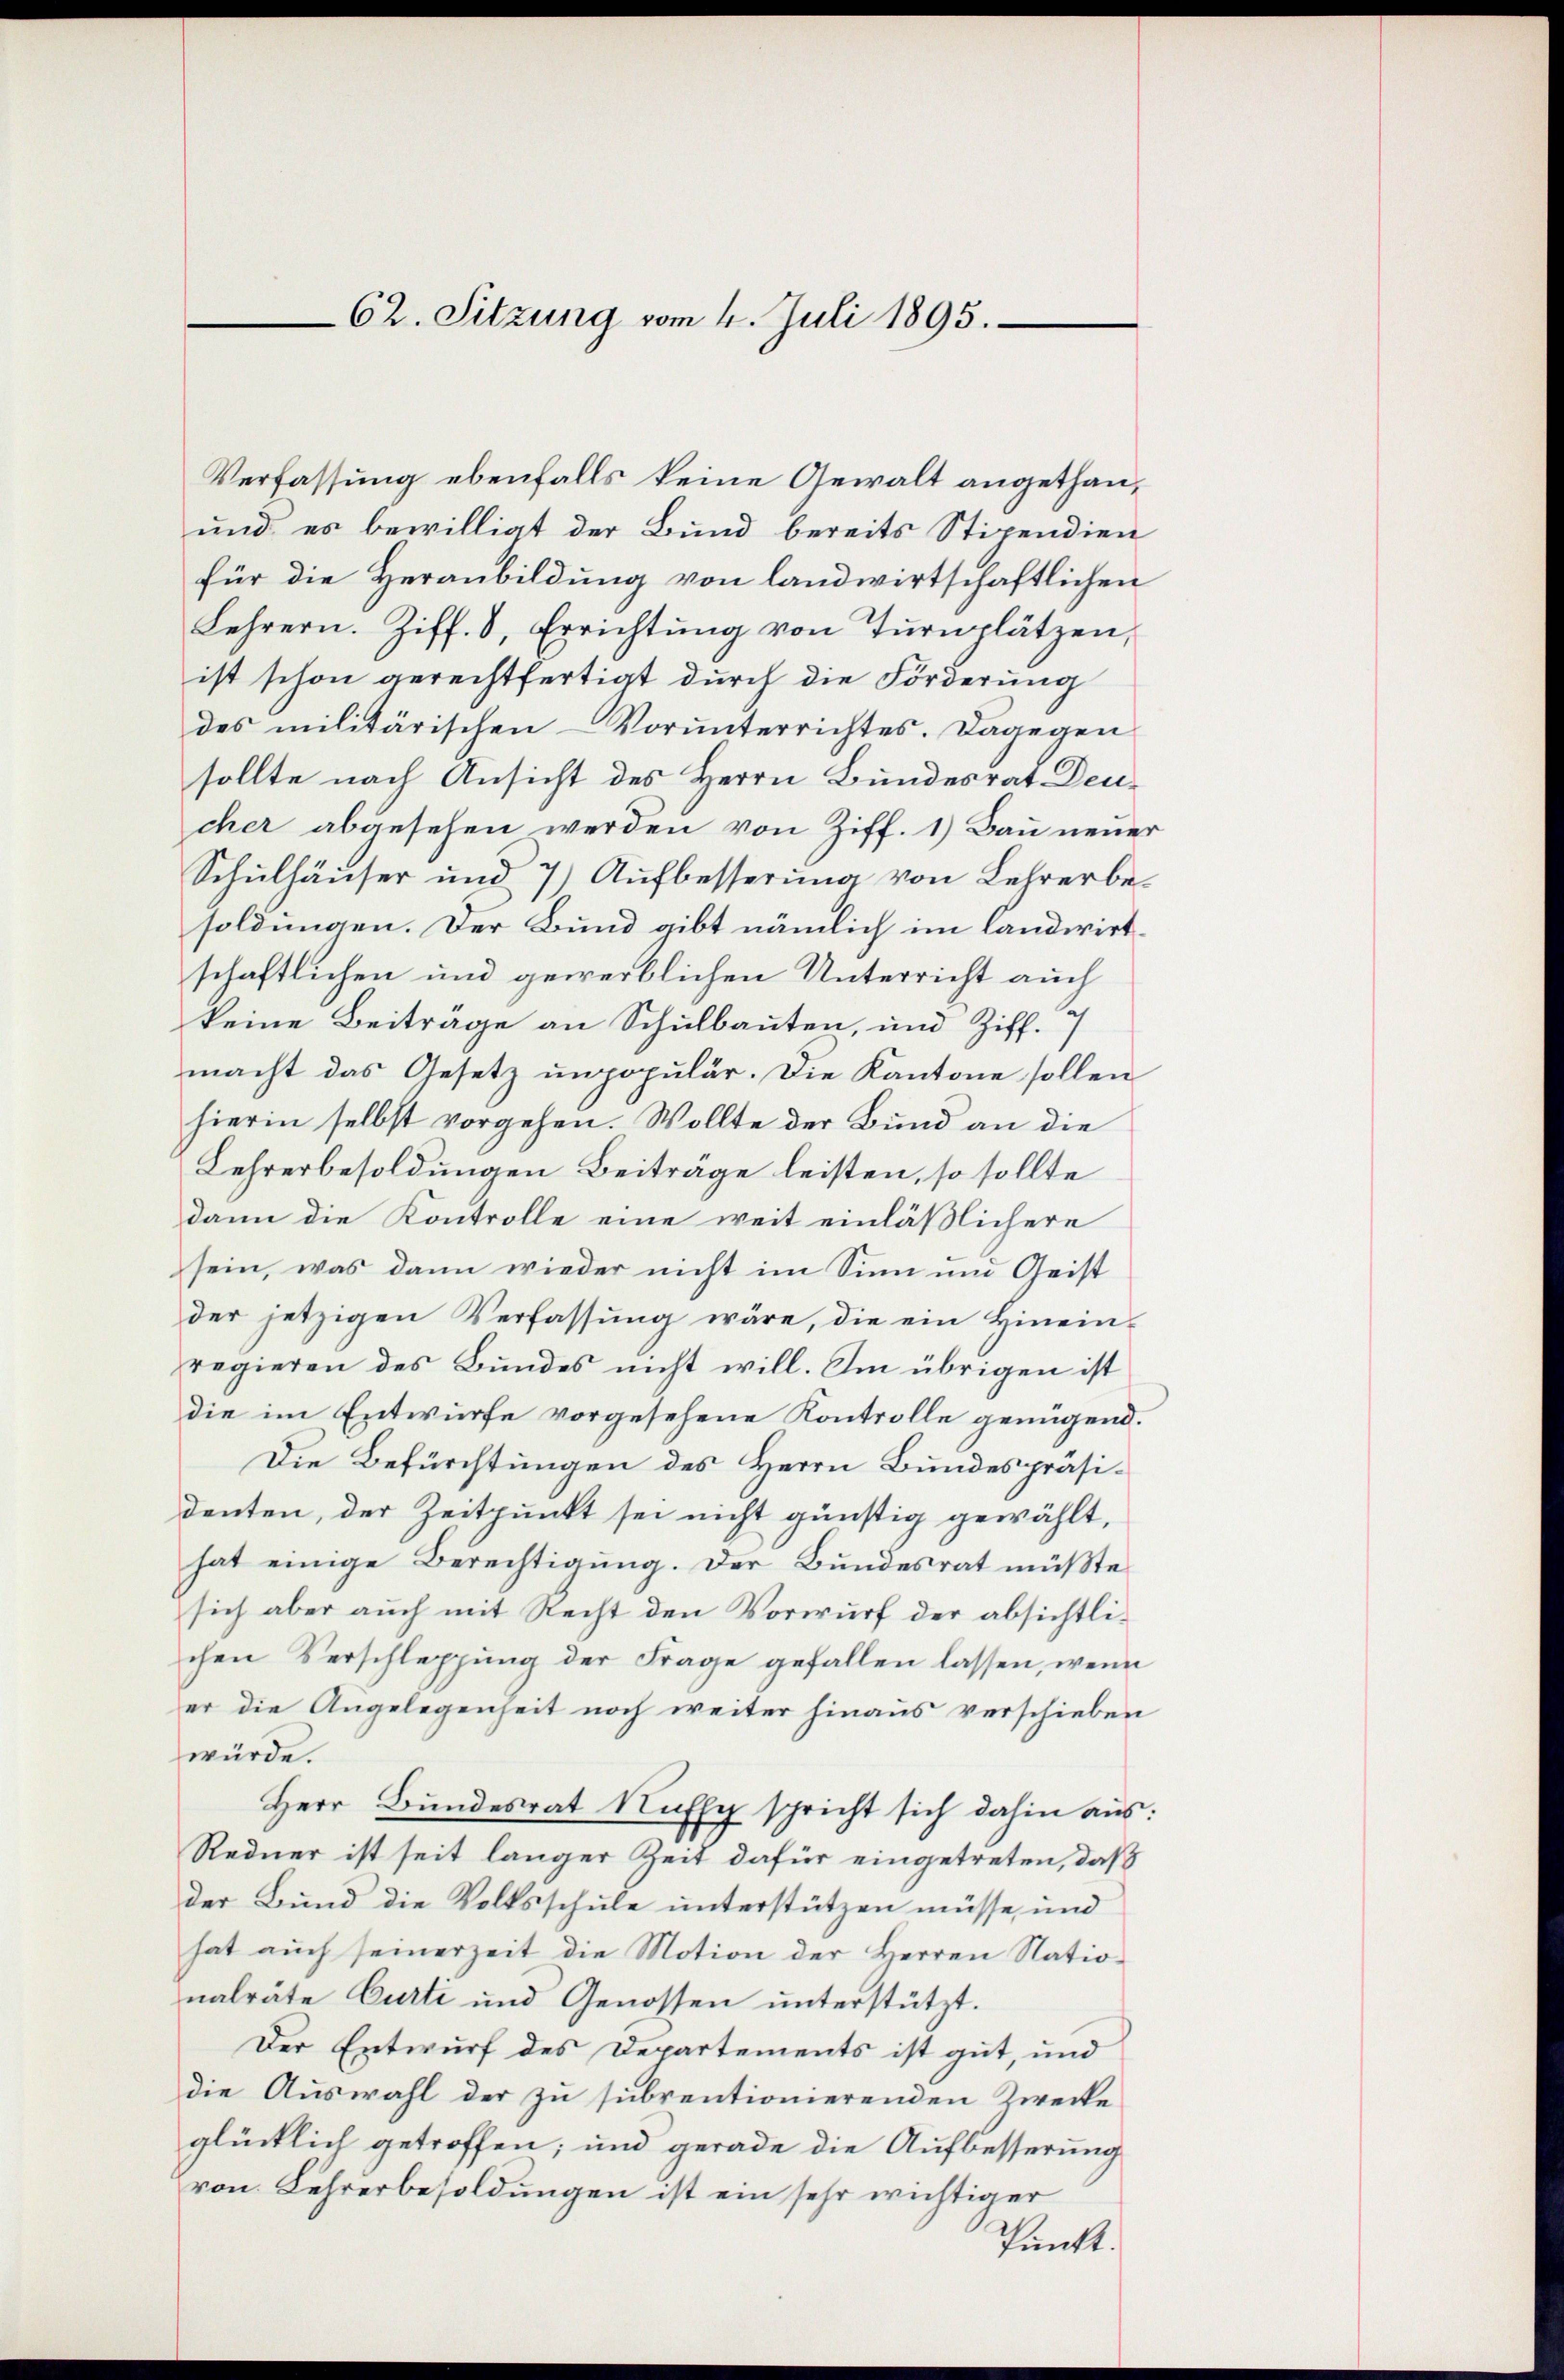
Verfassung ebenfalls keine Gewalt angethan¬
und es bewilligt der Bund bereits Stipendien
für die Heranbildung von landwirtschaftlichen
Lehrern. Ziff. 8, Errichtŭng von Tŭrnplätzen,
ist schon gerechtfertigt durch die Förderung
des militärischen Vorŭnterrichtes. Dagegen
sollte nach Ansicht des Herrn Bundesrat Deucher abgesehen werden von Ziff. 1.) Bau neuer
Schulhäuser und 7) Aufbesserung von Lehrerbesoldungen. Der Bund gibt nämlich im landwirtschaftlichen und gewerblichen Unterricht auch
keine Beiträge an Schulbauten, und Ziff. 7
macht das Gesetz unpopulär. Die Kantone sollen
hierin selbst vorgehen. Wollte der Bund an die
Lehrerbesoldungen Beiträge leisten, so sollte
dann die Kontrolle eine weit einläßlichere
sein, was dann wieder nicht im Sinn um Geist
der jetzigen Verfassŭng wäre, die ein Hinein-
regieren des Bundes nicht will. Im übrigen ist
die im Entwürfe vorgesehene Kontrolle genügend.
Die Befürchtungen des Herrn Bundespräsidenten, der Zeitpunkt sei nicht günstig gewählt,
hat einige Berechtigung. Der Bundesrat müßte
sich aber auch mit Recht den Vorwurf der absichtlichen Verschleppung der Frage gefallen lassen, wenn
er die Angelegenheit noch weiter hinaus verschieben
würde.
Herr Bundesrat Nuffy spricht sich dahin aus:
Redner ist seit langer Zeit dafür eingetreten, daß
der Bund die Volksschule unterstützen müsse, und
hat auch seinerzeit die Motion der Herren Natio
nalräte Curti und Genossen unterstützt.
Der Entwurf des Departements ist gut, und
die Auswahl der zu subventionierenden Zwecke
glücklich getroffen; und gerade die Aufbesserung
von Lehrerbesoldungen ist ein sehr wichtiger
Punkt.

62. Sitzung vom 4. Juli 1895.